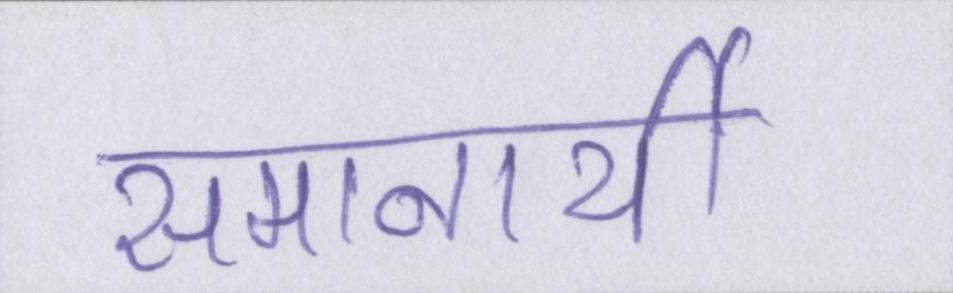
समानार्थी